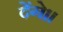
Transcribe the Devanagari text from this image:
देंगे।।